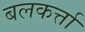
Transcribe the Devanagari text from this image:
बलकर्त्ता